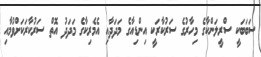
ސަބަބަކީ ސްރީލަންކާގެ މިހާރުގެ ސަރުކާރަކީ އިންޑިއާގެ މަދަދާއި އެމެރިކާގެ މަދަދު އޮތް ސަރުކާރަކަށްވުމާއި